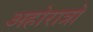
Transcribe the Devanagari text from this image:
अहोरात्रो